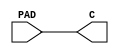
`timescale 1ns/1ns

`celldefine
module PAD_IN (input PAD, output C);
	buf (C, PAD);
	specify
		(PAD => C)=(0, 0);
	endspecify
endmodule
`endcelldefine

`celldefine
module PAD_OUT (input I, output PAD);
	buf (PAD, I);
	specify
		(I => PAD)=(0, 0);
	endspecify
endmodule
`endcelldefine